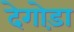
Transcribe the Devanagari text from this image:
देगोड़ा